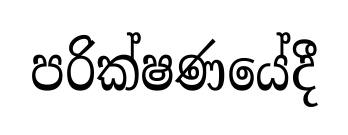
පරික්ෂණයේදී